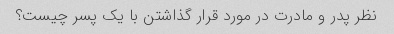
نظر پدر و مادرت در مورد قرار گذاشتن با یک پسر چیست؟